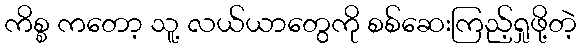
ကိစ္စ ကတော့ သူ့ လယ်ယာတွေကို စစ်ဆေးကြည့်ရှုဖို့တဲ့